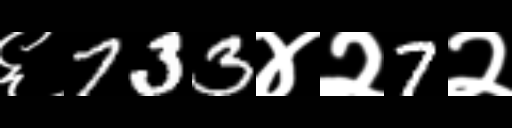
Text: ६733४२7२